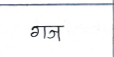
मजकूर: गज